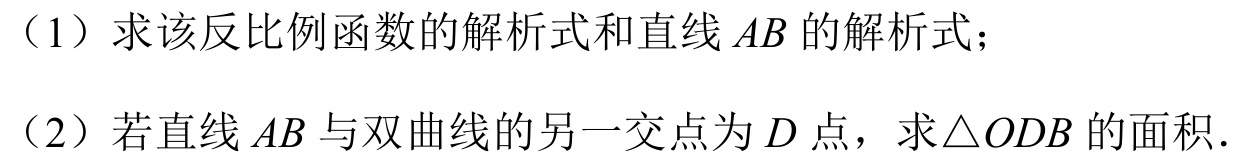
（1）求该反比例函数的解析式和直线\(AB\)的解析式；
（2）若直线\(AB\)与双曲线的另一交点为\(D\)点，求\(\triangle ODB\)的面积.